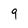
Character: 9